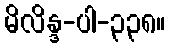
မိလိန္ဒ-ပါ-၃၃၈။